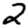
Digit: 2